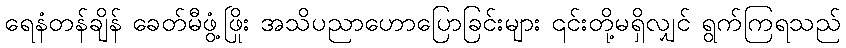
ရေနံတန်ချိန် ခေတ်မီဖွံ့ဖြိုး အသိပညာဟောပြောခြင်းများ ၎င်းတို့မရှိလျှင် ရွက်ကြရသည်